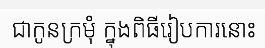
ជាកូនក្រមុំ ក្នុងពិធីរៀបការនោះ